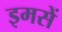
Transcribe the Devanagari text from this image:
इमसें